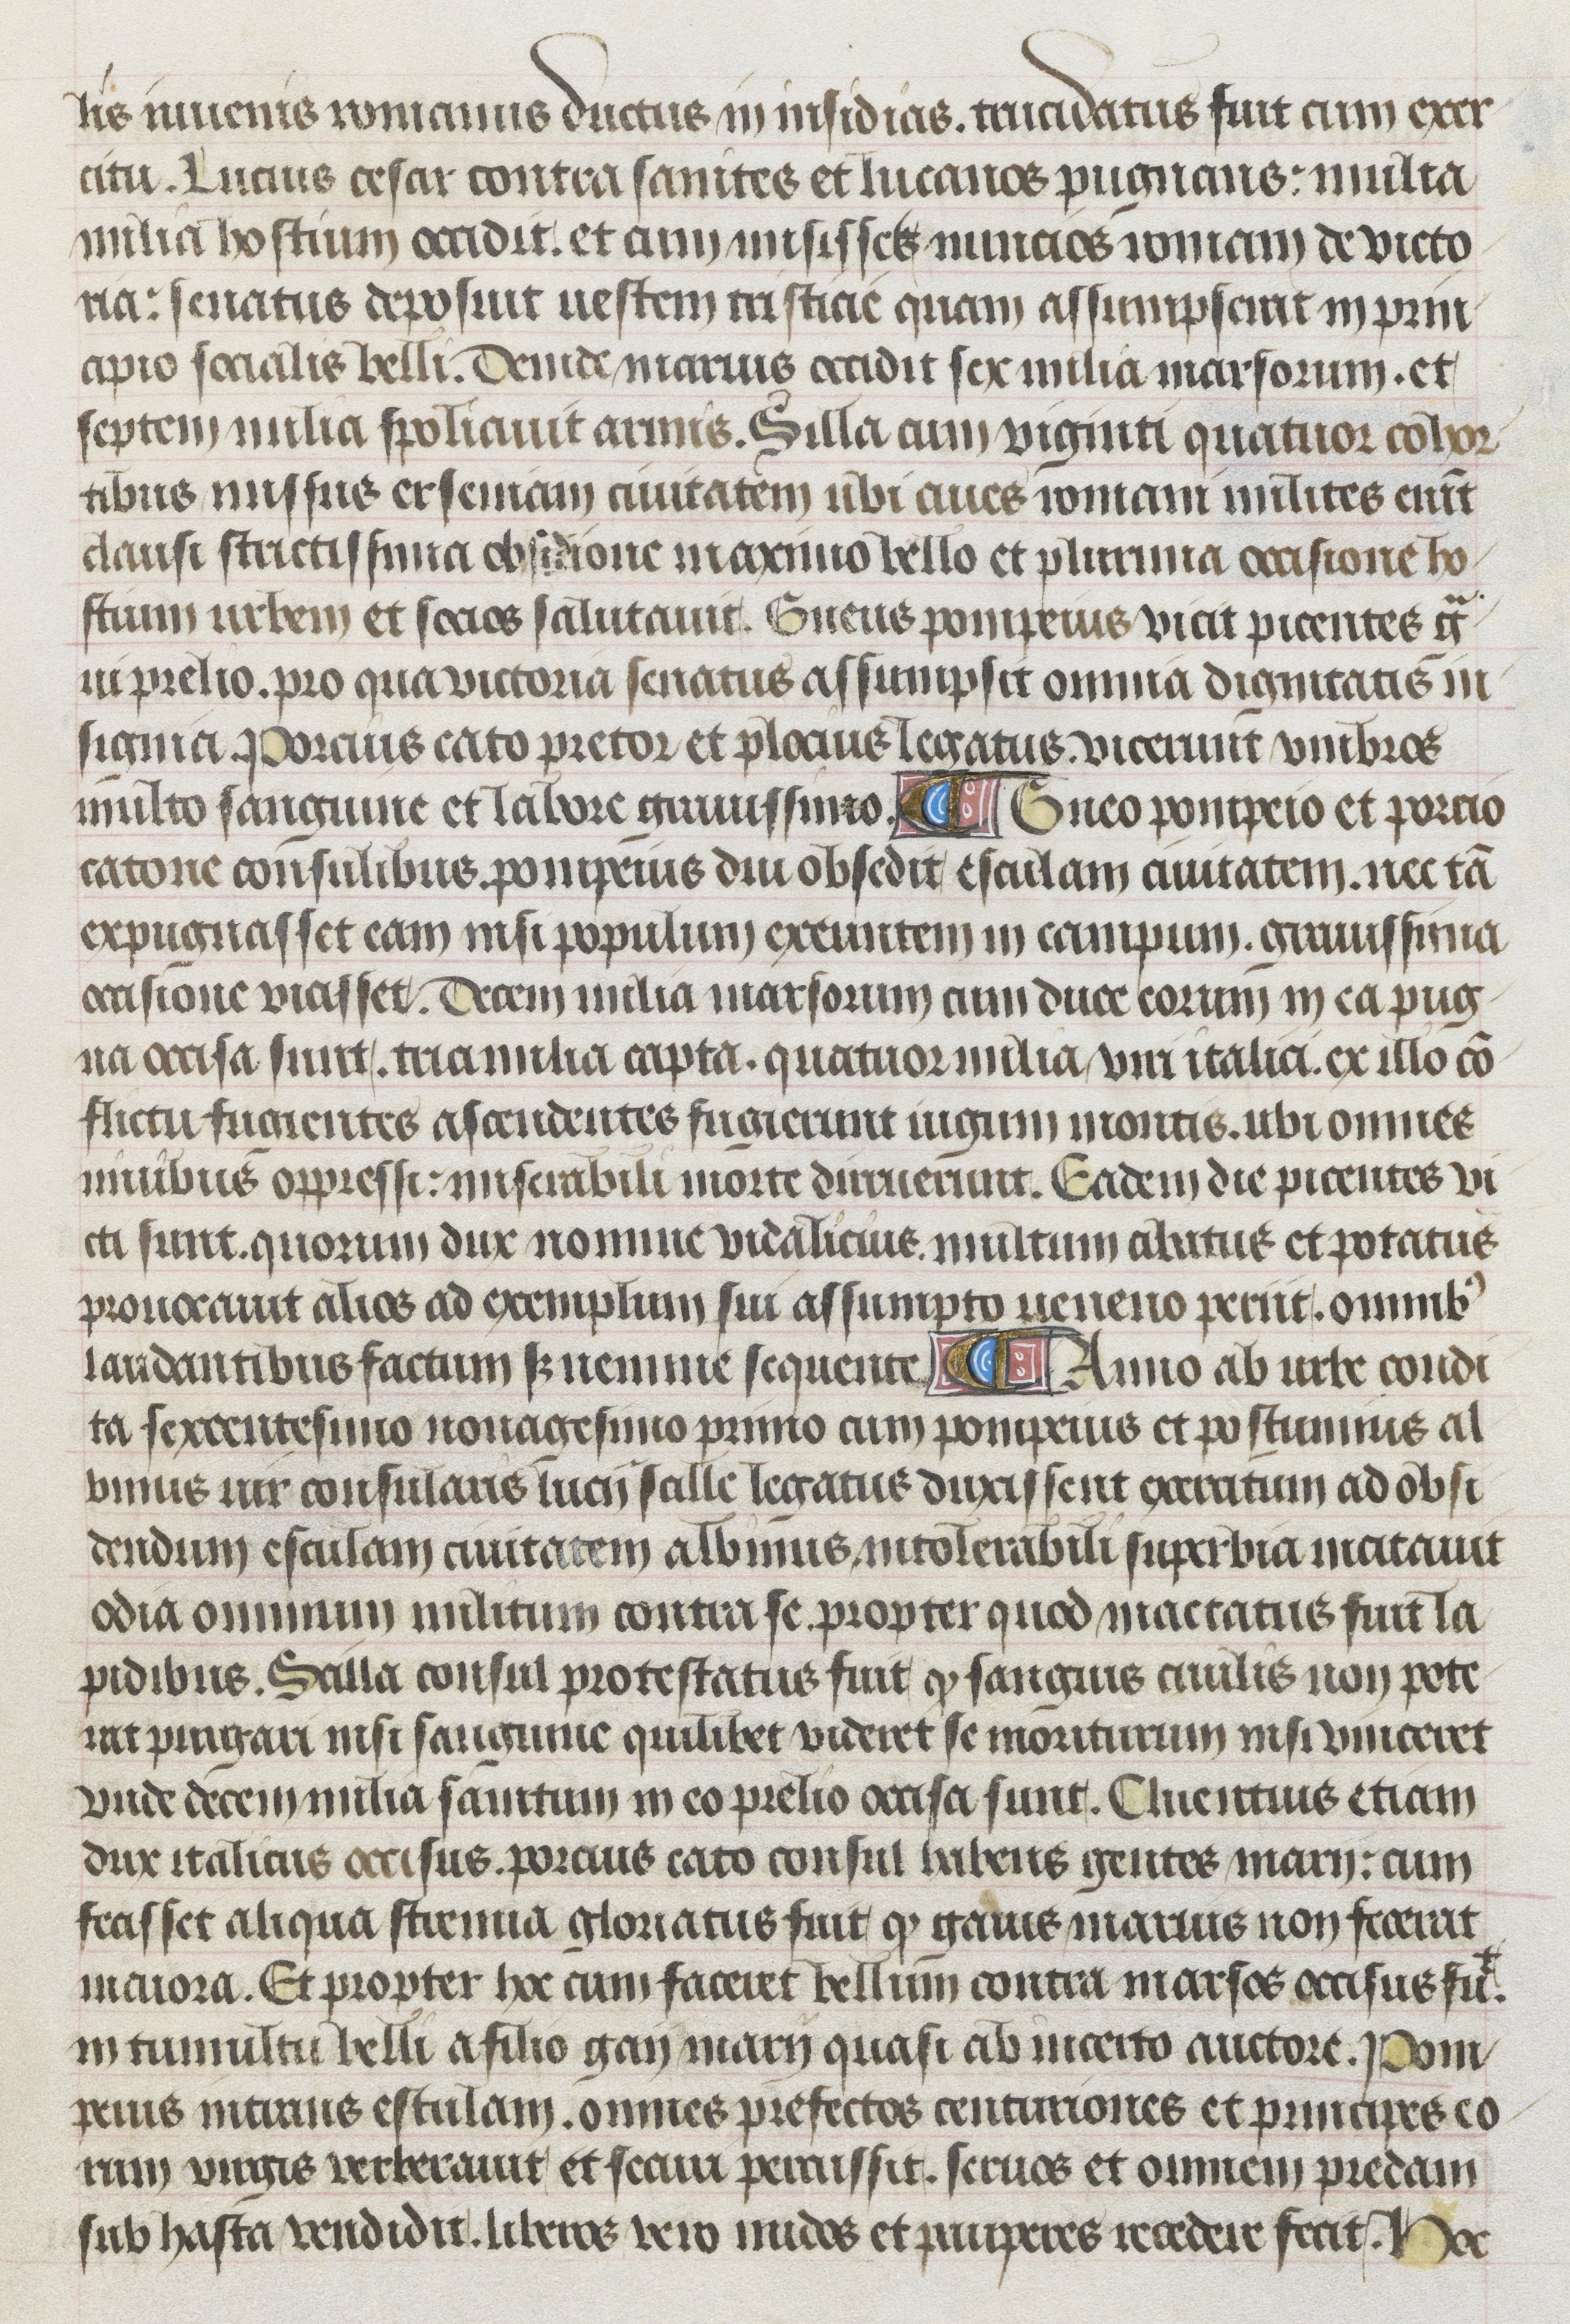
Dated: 1400–1499